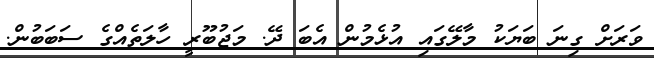
ވަރަށް ގިނަ ބަޔަކު މާލޭގައި އުޅެމުން އެބަ ދޭ. މަޖުބޫރީ ހާލަތެއްގެ ސަބަބުން.